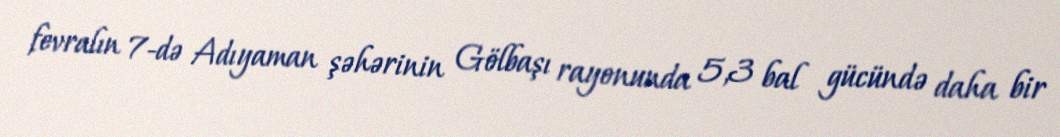
fevralın 7-də Adıyaman şəhərinin Gölbaşı rayonunda 5,3 bal gücündə daha bir